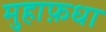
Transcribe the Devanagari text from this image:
मुहाफ़धा